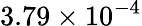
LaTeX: {3.79\times 10^{-4}}